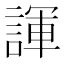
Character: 諢